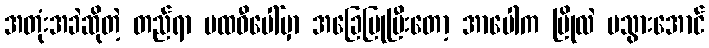
အတုံးအခဲဆိုတဲ့ တည်ရာ ပထဝီပေါ်မှာ အခြေပြုပြီးတော့ အာပေါက ပြိုလဲ မသွားအောင်